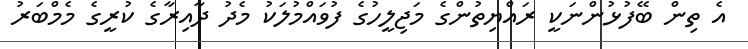
އެ ތިން ބޭފުޅުންނަކީ ރައްޔިތުންގެ މަޖިލީހުގެ ފުވައްމުލަކު މެދު ދާއިރާގެ ކުރީގެ މެމްބަރު